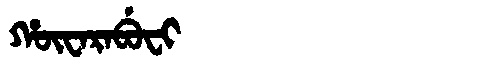
Manchu: ᡥᡡᠸᠠᡵᠠᠪᡠᠸᡳ
Romanization: HŪWARABUFI